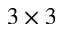
3 \times 3